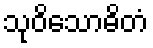
သုဝိသောဓိတံ